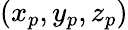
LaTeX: (x_{p},y_{p},z_{p})